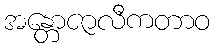
အန္တောဇာလီကတာဝ